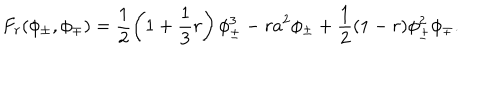
F _ { r } ( \phi _ { \pm } , \phi _ { \mp } ) = \frac { 1 } { 2 } \left( 1 + \frac { 1 } { 3 } r \right) \phi _ { \pm } ^ { 3 } - r a ^ { 2 } \phi _ { \pm } + \frac { 1 } { 2 } ( 1 - r ) \phi _ { \pm } ^ { 2 } \phi _ { \mp } .